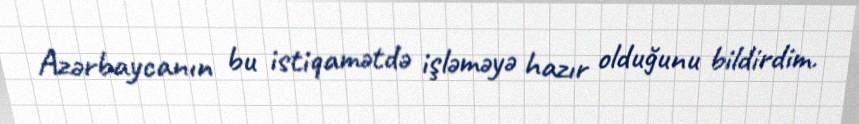
Azərbaycanın bu istiqamətdə işləməyə hazır olduğunu bildirdim.